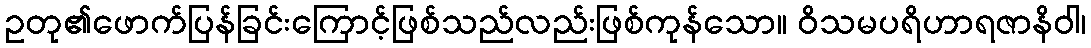
ဥတု၏ဖောက်ပြန်ခြင်းကြောင့်ဖြစ်သည်လည်းဖြစ်ကုန်သော။ ဝိသမပရိဟာရဇာနိဝါ၊